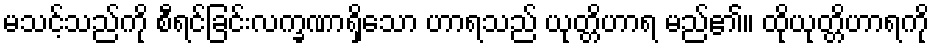
မသင့်သည်ကို စီရင်ခြင်းလက္ခဏာရှိသော ဟာရသည် ယုတ္တိဟာရ မည်၏။ ထိုယုတ္တိဟာရကို